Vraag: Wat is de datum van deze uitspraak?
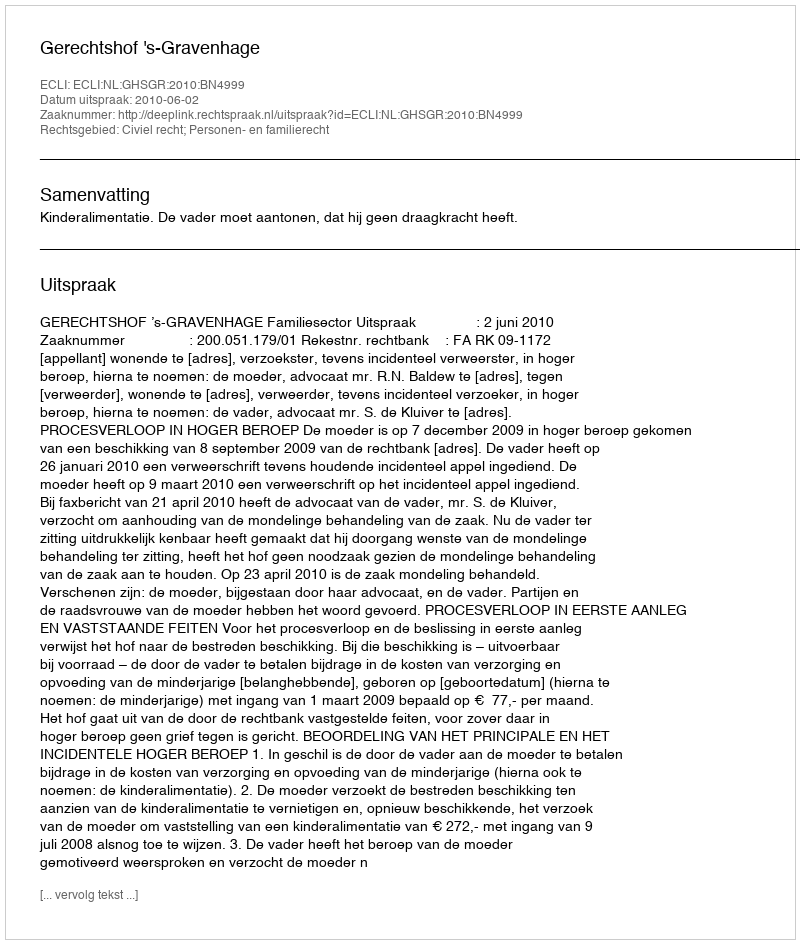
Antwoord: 2010-06-02